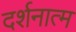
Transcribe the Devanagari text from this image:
दर्शनात्म